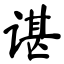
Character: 谌